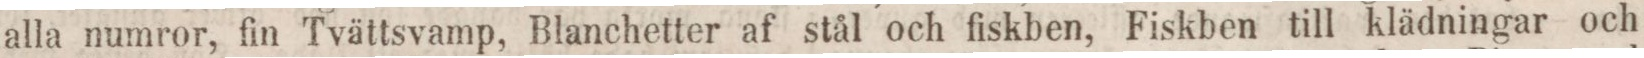
alla numror, fin Tvättsvamp, Blanchetter af stål och fiskben, Fiskben till klädningar och